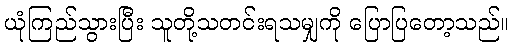
ယုံကြည်သွားပြီး သူတို့သတင်းရသမျှကို ပြောပြတော့သည်။